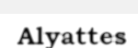
Alyattes